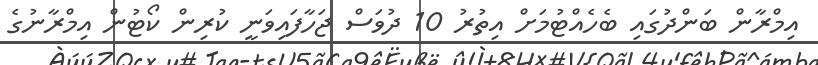
އިމްރާން ބަންދުގައި ބެހެއްޓުމަށް އިތުރު 10 ދުވަސް ޖަހާފައިވަނީ ކުރިން ކޯޓުން އިމްރާނުގެ